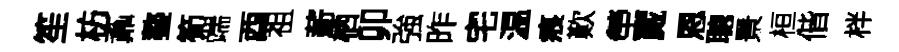
笙枋鼒鏊筍端酉祖薪栖卯強昨宅温痕歎塋蕆恩聴景桓偕柈